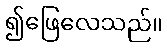
၍ဖြေလေသည်။